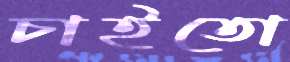
চাইতো